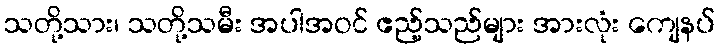
သတို့သား၊ သတို့သမီး အပါအဝင် ဧည့်သည်များ အားလုံး ကျေနပ်